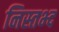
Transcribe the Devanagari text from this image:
निस्तभ्द